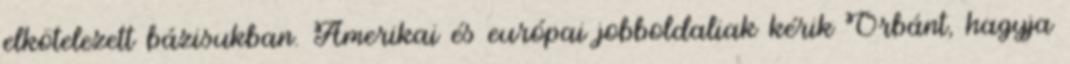
elkötelezett bázisukban. Amerikai és európai jobboldaliak kérik Orbánt, hagyja